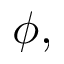
\phi ,